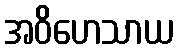
အဝိဟေသာယ